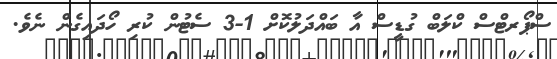
ސްޕޯރޓްސް ކްލަބް ގުޑީސް އާ ބައްދަލުކޮށް 1-3 ސެޓުން ކުރި ހޯދައިގެން ނެވެ.